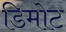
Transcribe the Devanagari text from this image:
डिमोट